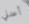
أعدني